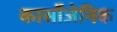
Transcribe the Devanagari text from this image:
कार्सोजेनिक